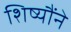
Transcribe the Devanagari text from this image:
शिष्यौंने